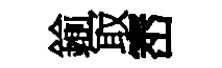
鍮冣崈